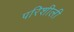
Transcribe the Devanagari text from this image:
परिशीली